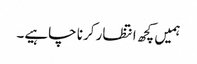
ہمیں کچھ انتظار کرنا چاہیے۔